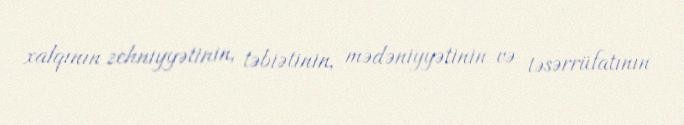
xalqının zehniyyətinin, təbiətinin, mədəniyyətinin və təsərrüfatının